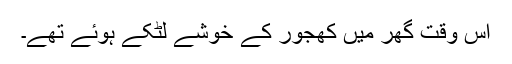
اس وقت گھر میں کھجور کے خوشے لٹکے ہوئے تھے۔